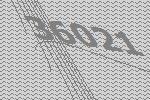
36021